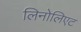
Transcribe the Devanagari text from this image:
लिनोलिएट